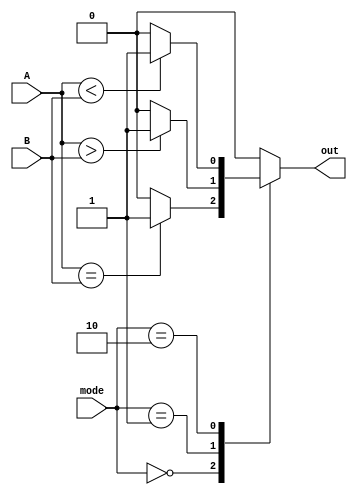
//////////////////////////////////////////////////////////////////////////////////
// Company: 
// Engineer: 
// 
// Design Name: 
// Module Name: branchCompare
// Project Name: 
// Target Devices: 
// Tool Versions: 
// Description: 
// 
// Dependencies: 
// 
// Revision:
// Revision 0.01 - File Created
// Additional Comments:
// 
//////////////////////////////////////////////////////////////////////////////////


module branchCompare(
    input [15:0] A,
    input [15:0] B,
    input [1:0] mode,
    output reg out
    );
    
//Modes:  00 : Equals
//        01 : Greater than
//        10 : Less than    
    
    
    always @ (*)
    begin
        case (mode)
            2'b00 : if (A == B) out = 1; else out = 0;
            2'b01 : if (A > B ) out = 1; else out = 0;
            2'b10 : if (A < B ) out = 1; else out = 0;
            default: out = 0;
        endcase
    end
    
    
    
    
endmodule